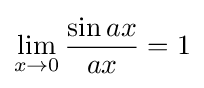
\lim _{x\to 0}{\frac {\sin ax}{ax}}=1